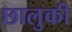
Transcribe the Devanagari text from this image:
छालुकी